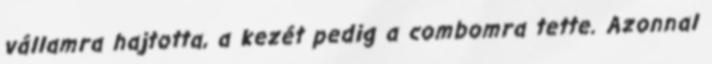
vállamra hajtotta, a kezét pedig a combomra tette. Azonnal